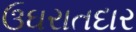
ઉઘરાતદાર